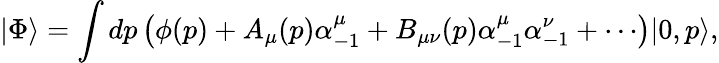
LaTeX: |\Phi\rangle=\int dp\left(\phi(p)+A_{\mu}(p)\alpha_{-1}^{\mu}+B_{\mu\nu}(p)\alpha_{-1}^{\mu}\alpha_{-1}^{\nu}+\cdots\right)|0,p\rangle,